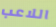
اللاعب